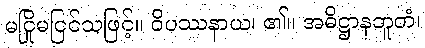
မငြိုမငြင်သဖြင့်။ ဝိပဿနာယ၊ ၏။ အဓိဋ္ဌာနဘူတံ၊